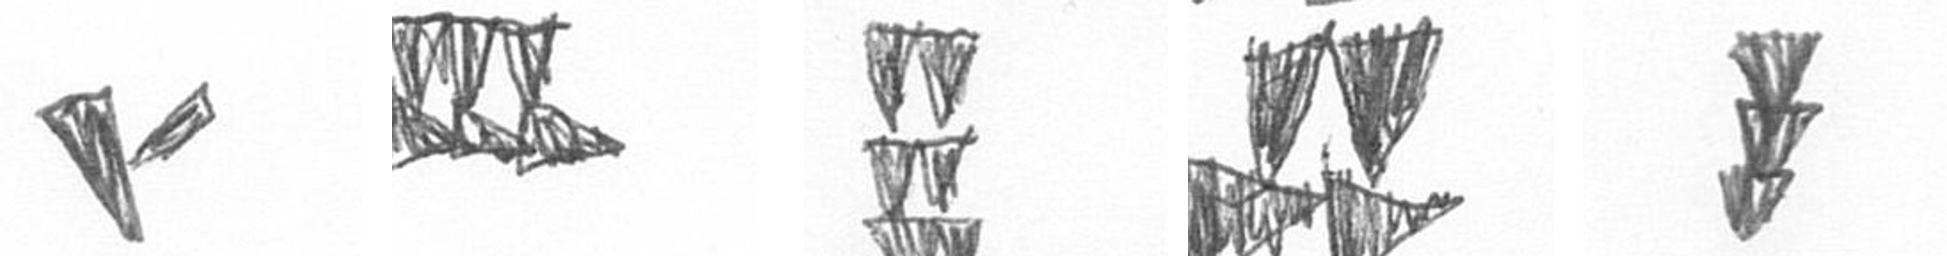
F D Y B E